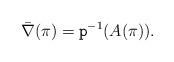
LaTeX: \begin{align*}\bar\nabla(\pi)={\tt p}^{-1}(A(\pi)).\end{align*}